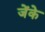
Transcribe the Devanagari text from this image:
जेंके